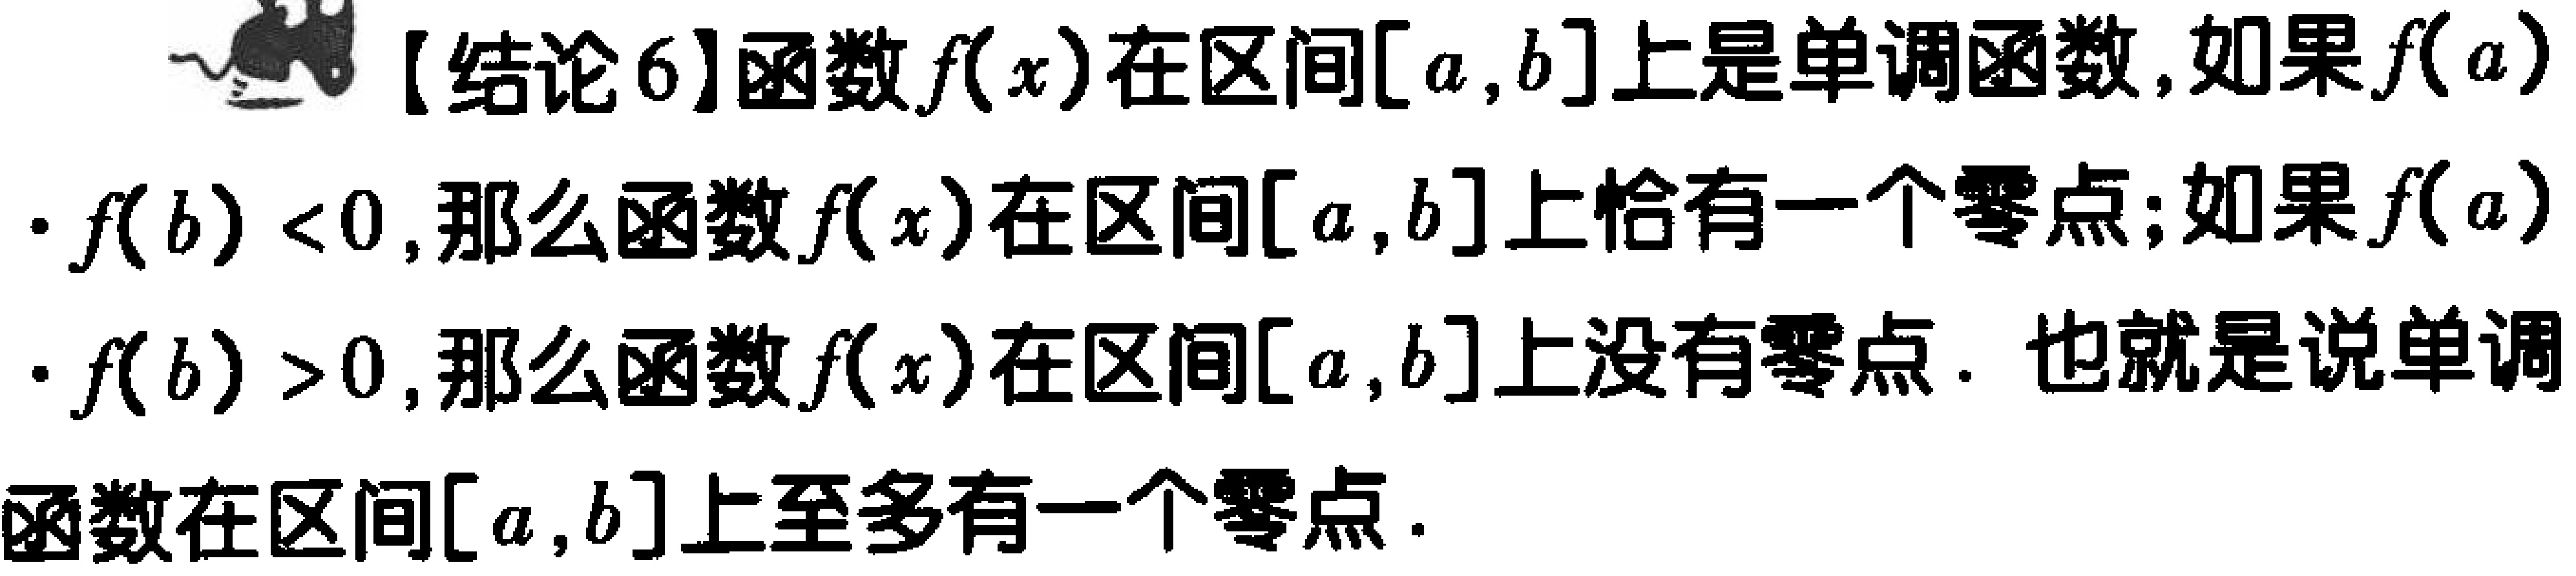
【结论 6】函数\(f(x)\)在区间\([a,b]\)上是单调函数，如果\(f(a)\cdot f(b)<0\)，那么函数\(f(x)\)在区间\([a,b]\)上恰有一个零点；如果\(f(a)\cdot f(b)>0\)，那么函数\(f(x)\)在区间\([a,b]\)上没有零点．也就是说单调函数在区间\([a,b]\)上至多有一个零点．